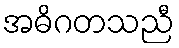
အဓိဂတသညီ